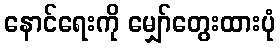
နောင်ရေးကို မျှော်တွေးထားပုံ